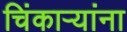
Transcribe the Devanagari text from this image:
चिंकाऱ्यांना